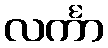
လင်္ကာ